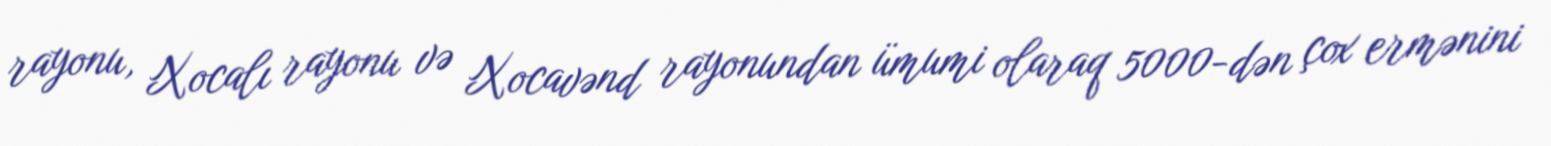
rayonu, Xocalı rayonu və Xocavənd rayonundan ümumi olaraq 5000-dən çox ermənini